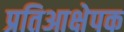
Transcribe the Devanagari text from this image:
प्रतिआक्षेपक